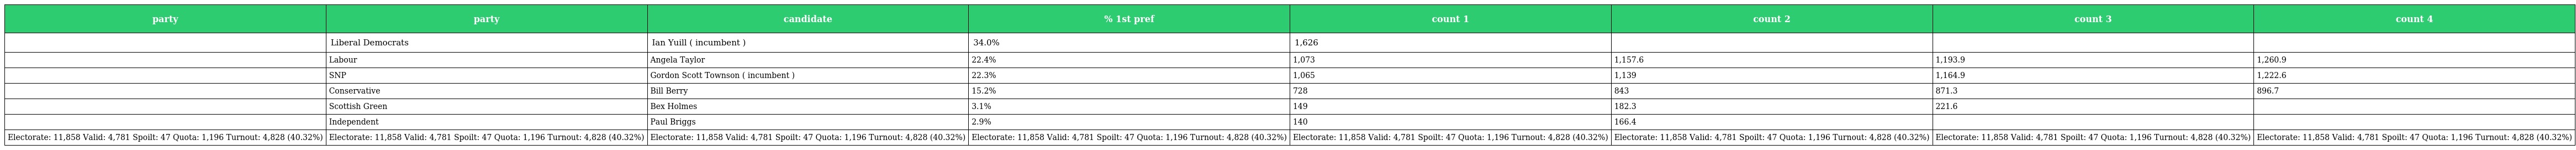
| party | party | candidate | % 1st pref | count 1 | count 2 | count 3 | count 4 |
 | --- | --- | --- | --- | --- | --- | --- | --- |
 |  | Liberal Democrats | Ian Yuill ( incumbent ) | 34.0% | 1,626 |  |  |  |
 |  | Labour | Angela Taylor | 22.4% | 1,073 | 1,157.6 | 1,193.9 | 1,260.9 |
 |  | SNP | Gordon Scott Townson ( incumbent ) | 22.3% | 1,065 | 1,139 | 1,164.9 | 1,222.6 |
 |  | Conservative | Bill Berry | 15.2% | 728 | 843 | 871.3 | 896.7 |
 |  | Scottish Green | Bex Holmes | 3.1% | 149 | 182.3 | 221.6 |  |
 |  | Independent | Paul Briggs | 2.9% | 140 | 166.4 |  |  |
 | Electorate: 11,858 Valid: 4,781 Spoilt: 47 Quota: 1,196 Turnout: 4,828 (40.32%) | Electorate: 11,858 Valid: 4,781 Spoilt: 47 Quota: 1,196 Turnout: 4,828 (40.32%) | Electorate: 11,858 Valid: 4,781 Spoilt: 47 Quota: 1,196 Turnout: 4,828 (40.32%) | Electorate: 11,858 Valid: 4,781 Spoilt: 47 Quota: 1,196 Turnout: 4,828 (40.32%) | Electorate: 11,858 Valid: 4,781 Spoilt: 47 Quota: 1,196 Turnout: 4,828 (40.32%) | Electorate: 11,858 Valid: 4,781 Spoilt: 47 Quota: 1,196 Turnout: 4,828 (40.32%) | Electorate: 11,858 Valid: 4,781 Spoilt: 47 Quota: 1,196 Turnout: 4,828 (40.32%) | Electorate: 11,858 Valid: 4,781 Spoilt: 47 Quota: 1,196 Turnout: 4,828 (40.32%) |